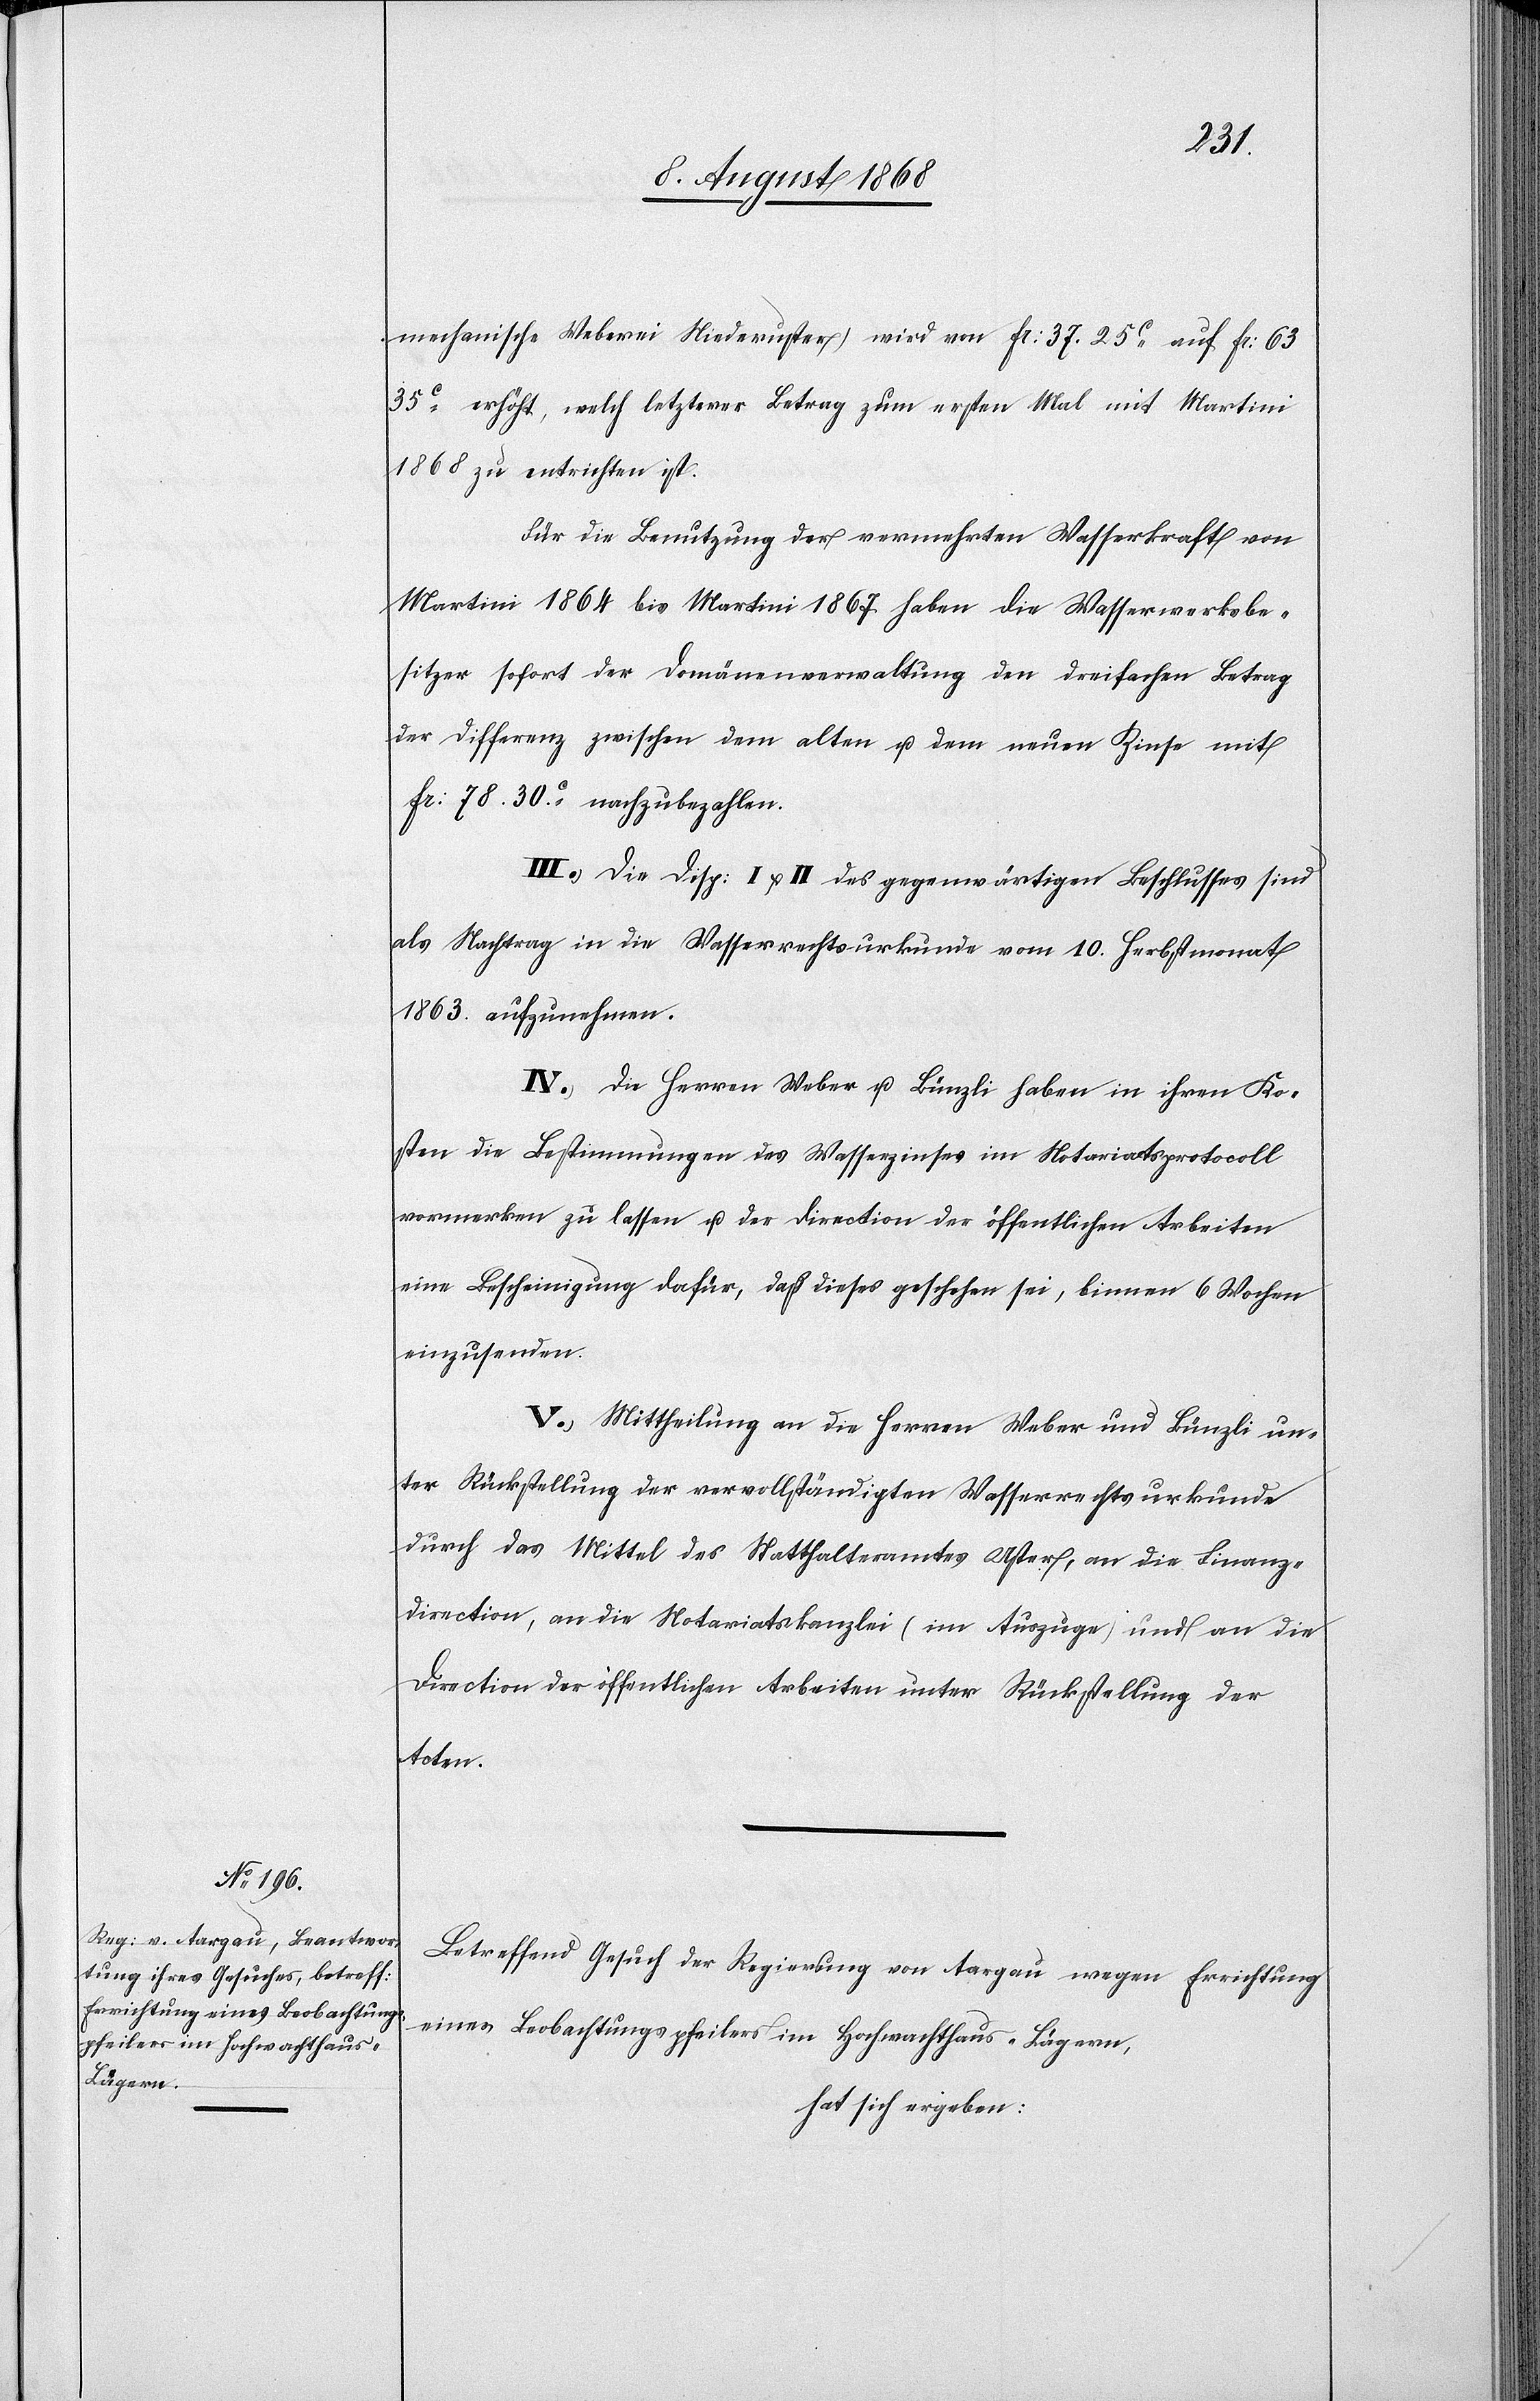
mechanische Weberei Niederuster) wird von Fr: 37. 25c auf Fr: 63
35c erhöht, welch letzterer Betrag zum ersten Mal mit Martini
1868 zu entrichten ist.
Für die Benutzung der vermehrten Wasserkraft von
Martini 1864 bis Martini 1867 haben die Wasserwerksbe¬
sitzer sofort der Domänenverwaltung den dreifachen Betrag
der Differenz zwischen dem alten u. dem neuen Zinse mit
Fr: 78. 30c. nachzubezahlen.
III.) Die Disp: I & II des gegenwärtigen Beschlusses sind
als Nachtrag in die Wasserrechtsurkunde vom 10. Herbstmonat
1863. aufzunehmen.
IV.) Die Herren Weber u. Bünzli haben in ihren Ko¬
sten die Bestimmungen des Wasserzinses im Notariatsprotocoll
vormerken zu lassen u. der Direction der öffentlichen Arbeiten
eine Bescheinigung dafür, daß dieses geschehen sei, binnen 6 Wochen
einzusenden.
V.) Mittheilung an die Herren Weber und Bünzli un¬
ter Rückstellung der vervollständigten Wasserrechtsurkunde
durch das Mittel des Statthalteramtes Uster, an die Finanz¬
direction, an die Notariatskanzlei (im Auszuge) und an die
Direction der öffentlichen Arbeiten unter Rückstellung der
Acten.
Betreffend Gesuch der Regierung von Aargau wegen Errichtung
eines Beobachtungspfeilers im Hochwachthaus - Lägern,
hat sich ergeben: